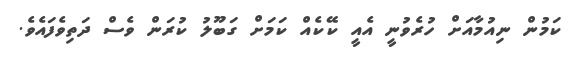
ކަމުން ނިއުމާއަށް ހުރެވުނީ އެއީ ކޭކެއް ކަމަށް ގަބޫލު ކުރަން ވެސް ދަތިވެފައެވެ.